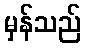
မှန်သည်